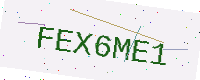
Text: FEX6ME1